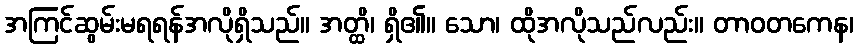
အကြင်ဆွမ်းမရရန်အလိုရှိသည်။ အတ္ထိ၊ ရှိ၏။ သော၊ ထိုအလိုသည်လည်း။ တာဝတကေန၊